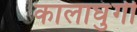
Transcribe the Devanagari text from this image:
कालाघुंगी